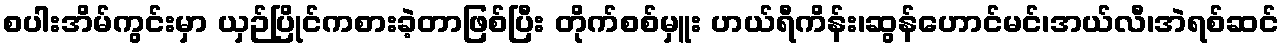
စပါးအိမ်ကွင်းမှာ ယှဉ်ပြိုင်ကစားခဲ့တာဖြစ်ပြီး တိုက်စစ်မှူး ဟယ်ရီကိန်း၊ဆွန်ဟောင်မင်၊အယ်လီ၊အဲရစ်ဆင်